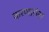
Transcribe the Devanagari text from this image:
करणारांना